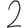
Digit: 2